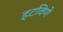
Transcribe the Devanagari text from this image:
हटविणे